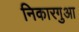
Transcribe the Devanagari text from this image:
निकारगुआ